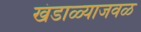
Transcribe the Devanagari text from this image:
खंडाळ्याजवळ